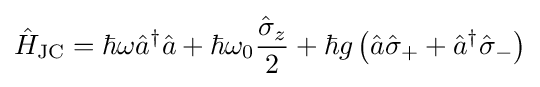
{\hat {H}}_{\text{JC}}=\hbar \omega {\hat {a}}^{\dagger }{\hat {a}}+\hbar \omega _{0}{\frac {{\hat {\sigma }}_{z}}{2}}+\hbar g\left({\hat {a}}{\hat {\sigma }}_{+}+{\hat {a}}^{\dagger }{\hat {\sigma }}_{-}\right)